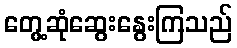
တွေ့ဆုံဆွေးနွေးကြသည်